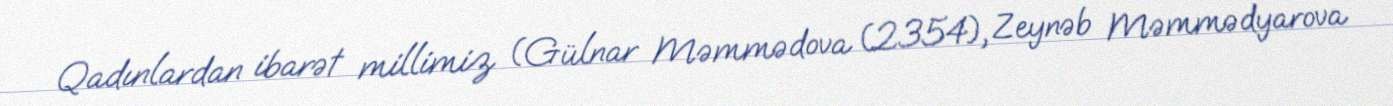
Qadınlardan ibarət millimiz (Gülnar Məmmədova (2354), Zeynəb Məmmədyarova